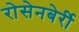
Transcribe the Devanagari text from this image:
रोसेनबेर्री